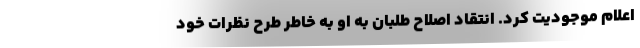
اعلام موجودیت کرد. انتقاد اصلاح طلبان به او به خاطر طرح نظرات خود